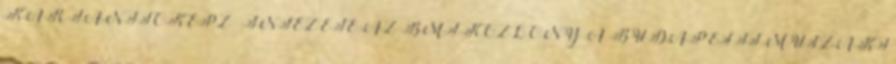
KAR TANÍTÓKÉPZİ INTÉZETE AZ BMF KÖZLÖNY A BUDAPESTI MŰSZAKI